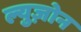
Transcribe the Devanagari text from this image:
ल्युज़ोन